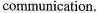
communication.